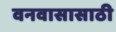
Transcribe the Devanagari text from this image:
वनवासासाठी